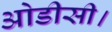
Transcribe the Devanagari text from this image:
ओडीसी।